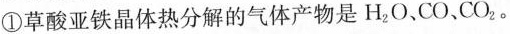
①草酸亚铁晶体热分解的气体产物是H_{2}O、CO，CO_{2}。